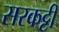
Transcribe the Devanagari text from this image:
सरकट्टी